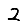
Digit: 2